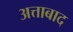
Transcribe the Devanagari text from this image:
अत्ताबाद